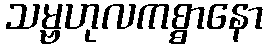
သမ္ဗဟုလကစ္စာနော